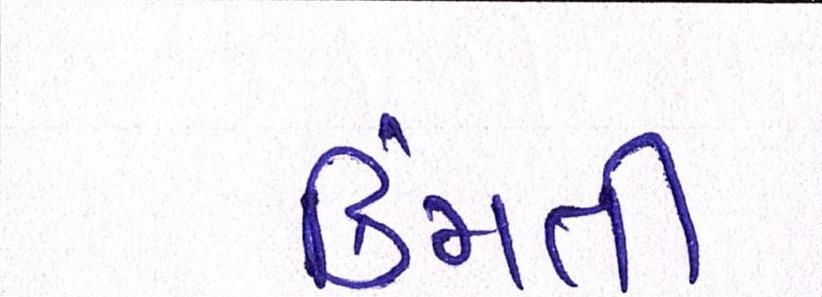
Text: કિમતી